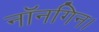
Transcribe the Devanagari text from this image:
नॉनगिन।